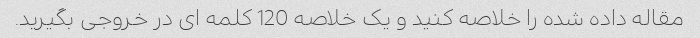
مقاله داده شده را خلاصه کنید و یک خلاصه 120 کلمه ای در خروجی بگیرید.